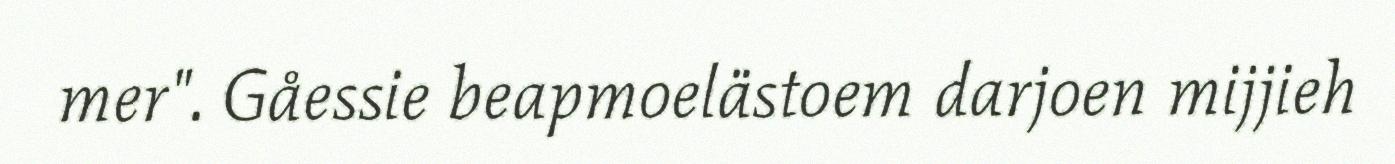
mer". Gåessie beapmoelästoem darjoen mijjieh